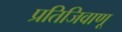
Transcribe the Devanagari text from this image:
प्रतिजिवाणू